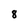
Character: 8